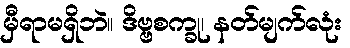
မှီရာမရှိဘဲ။ ဒိဗ္ဗစက္ခု၊ နတ်မျက်လုံး